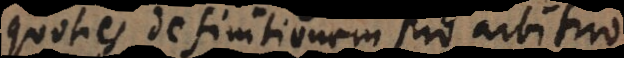
quoties definitionem pro arbitrio